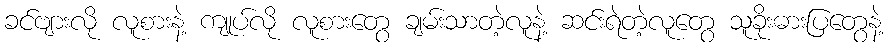
ခင်ဗျားလို လူစားနဲ့ ကျုပ်လို လူစားတွေ ချမ်းသာတဲ့လူနဲ့ ဆင်းရဲတဲ့လူတွေ သူခိုးဓားပြတွေနဲ့